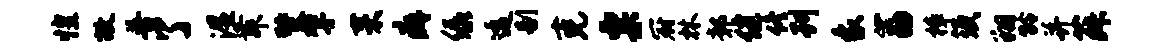
惶故普了湿舞燹擘耒癖绿逶剔克粟冠林鄣健佟刊象荔樟须翔龄并菽